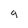
Character: g